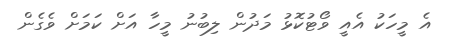
އެ މީހަކު އެއީ ވޯޓުކޮޅު މަދުން ލިބުނު މީހާ އަށް ކަމަށް ވެގެން